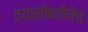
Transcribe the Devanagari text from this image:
त्यासोबतीनेच